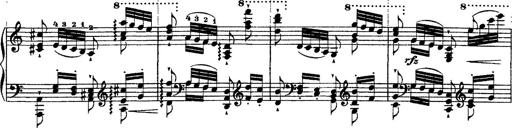
Title: Ã‰tudes d'exÃ©cution transcendante d'aprÃ¨s Paganini
Composer: Franz Liszt